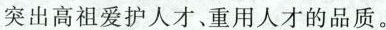
突出高祖爱护人才、重用人才的品质。